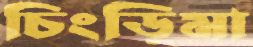
চিংড়িমা